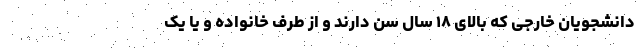
دانشجویان خارجی که بالای ۱۸ سال سن دارند و از طرف خانواده و یا یک